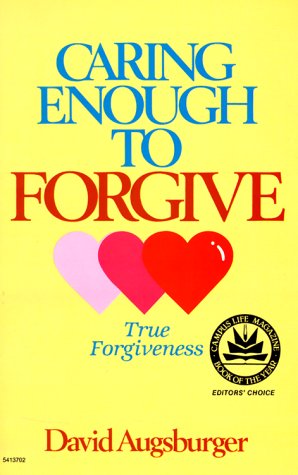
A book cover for Caring Enough to Forgive: True Forgiveness; David W. Augsburger; Christian Books & Bibles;